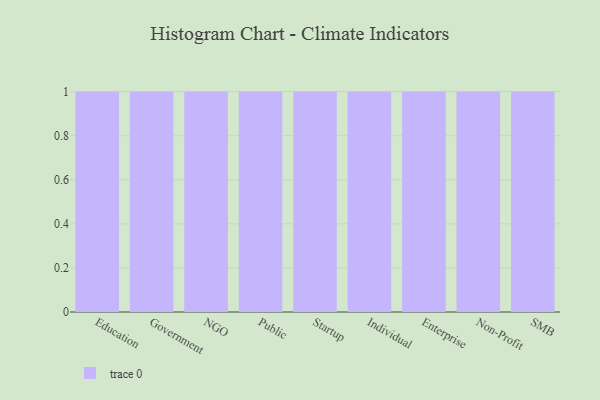
{"axis": {"x": "Segment", "y": "Tickets Resolved"}, "legend": [""], "data": [{"x": "Education", "y": 87, "type": ""}, {"x": "Government", "y": 30, "type": ""}, {"x": "NGO", "y": 17, "type": ""}, {"x": "Public", "y": 64, "type": ""}, {"x": "Startup", "y": 58, "type": ""}, {"x": "Individual", "y": 61, "type": ""}, {"x": "Enterprise", "y": 14, "type": ""}, {"x": "Non-Profit", "y": 74, "type": ""}, {"x": "SMB", "y": 20, "type": ""}]}